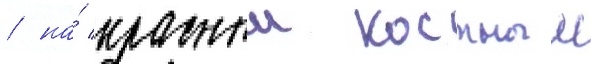
/ на́ красныи костныи